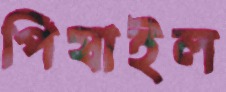
পিষাইল